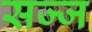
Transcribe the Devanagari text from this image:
सज्‍ज